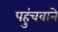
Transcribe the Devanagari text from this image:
पहुंचवाने